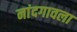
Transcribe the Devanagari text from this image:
नांदगावला